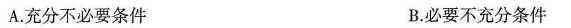
A.充分不必要条件 B.必要不充分条件